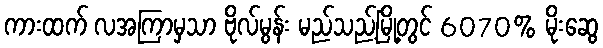
ကားထက် လအကြာမှသာ ဗိုလ်မွန်း မည်သည့်မြို့တွင် 6070% မိုးဆွေ